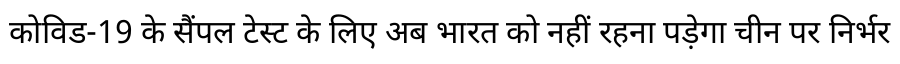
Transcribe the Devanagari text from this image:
कोविड-19 के सैंपल टेस्ट के लिए अब भारत को नहीं रहना पड़ेगा चीन पर निर्भर